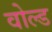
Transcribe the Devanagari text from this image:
वोल्ड